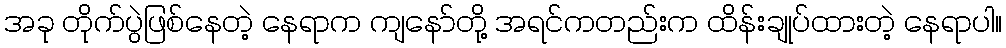
အခု တိုက်ပွဲဖြစ်နေတဲ့ နေရာက ကျနော်တို့ အရင်ကတည်းက ထိန်းချုပ်ထားတဲ့ နေရာပါ။